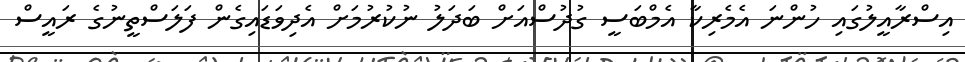
އިސްރާއީލުގައި ހުންނަ އެމެރިކާ އެމްބަސީ ގުދުސްއަށް ބަދަލު ނުކުރުމަށް އެދިވަޑައިގެން ފަލަސްތީނުގެ ރައީސް